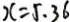
x = 5 . 3 6